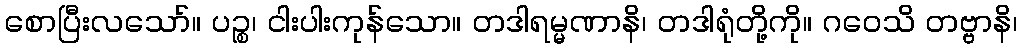
စောပြီးလသော်။ ပဉ္စ၊ ငါးပါးကုန်သော။ တဒါရမ္မဏာနိ၊ တဒါရုံတို့ကို။ ဂဝေသိ တဗ္ဗာနိ၊